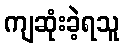
ကျဆုံးခဲ့ရသူ